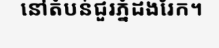
នៅតំបន់ជួរភ្នំដងរែក។